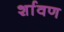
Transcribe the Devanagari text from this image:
र्शावण